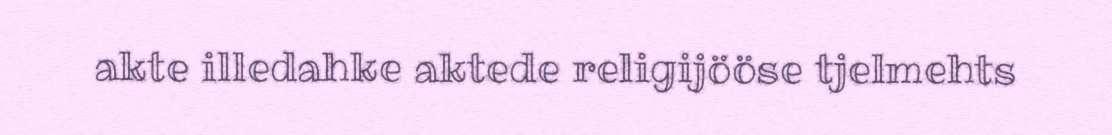
akte illedahke aktede religijööse tjelmehts